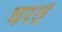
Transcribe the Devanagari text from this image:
घरतें